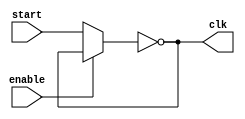
`timescale  1ps/1ps
module RingOscillator2 #(parameter n = 5 , delay = 10)(input start, enable, output clk);
	wire w0, wn;
	assign w0 = enable ? wn : start;
	assign clk = wn;
	not #(delay*n) invg(wn, w0);
endmodule